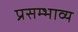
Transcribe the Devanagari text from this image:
प्रसम्भाव्य